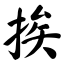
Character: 挨